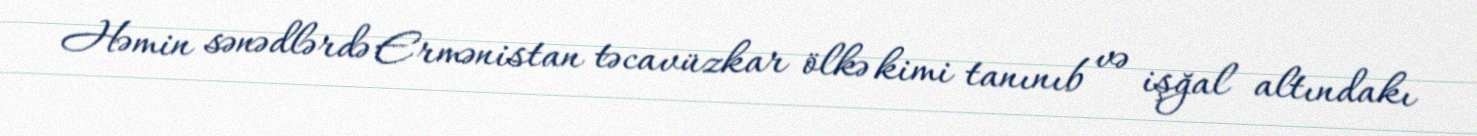
Həmin sənədlərdə Ermənistan təcavüzkar ölkə kimi tanınıb və işğal altındakı